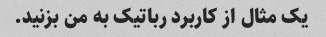
یک مثال از کاربرد رباتیک به من بزنید.